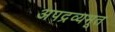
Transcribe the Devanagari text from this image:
अपद्रव्यभूत